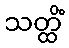
သတ္ထိံ